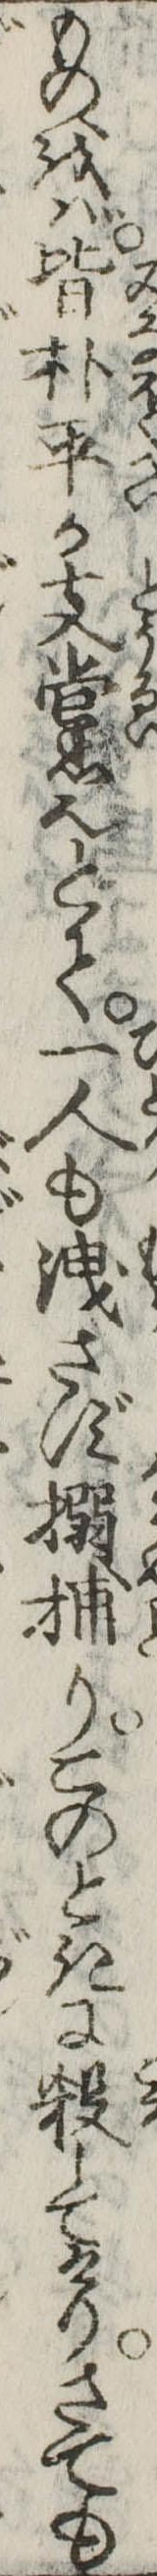
ものをば皆朴平か支黨也とて一人も洩さず搦捕りこのときに殺してけりさても